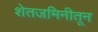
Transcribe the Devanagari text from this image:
शेतजमिनीतून